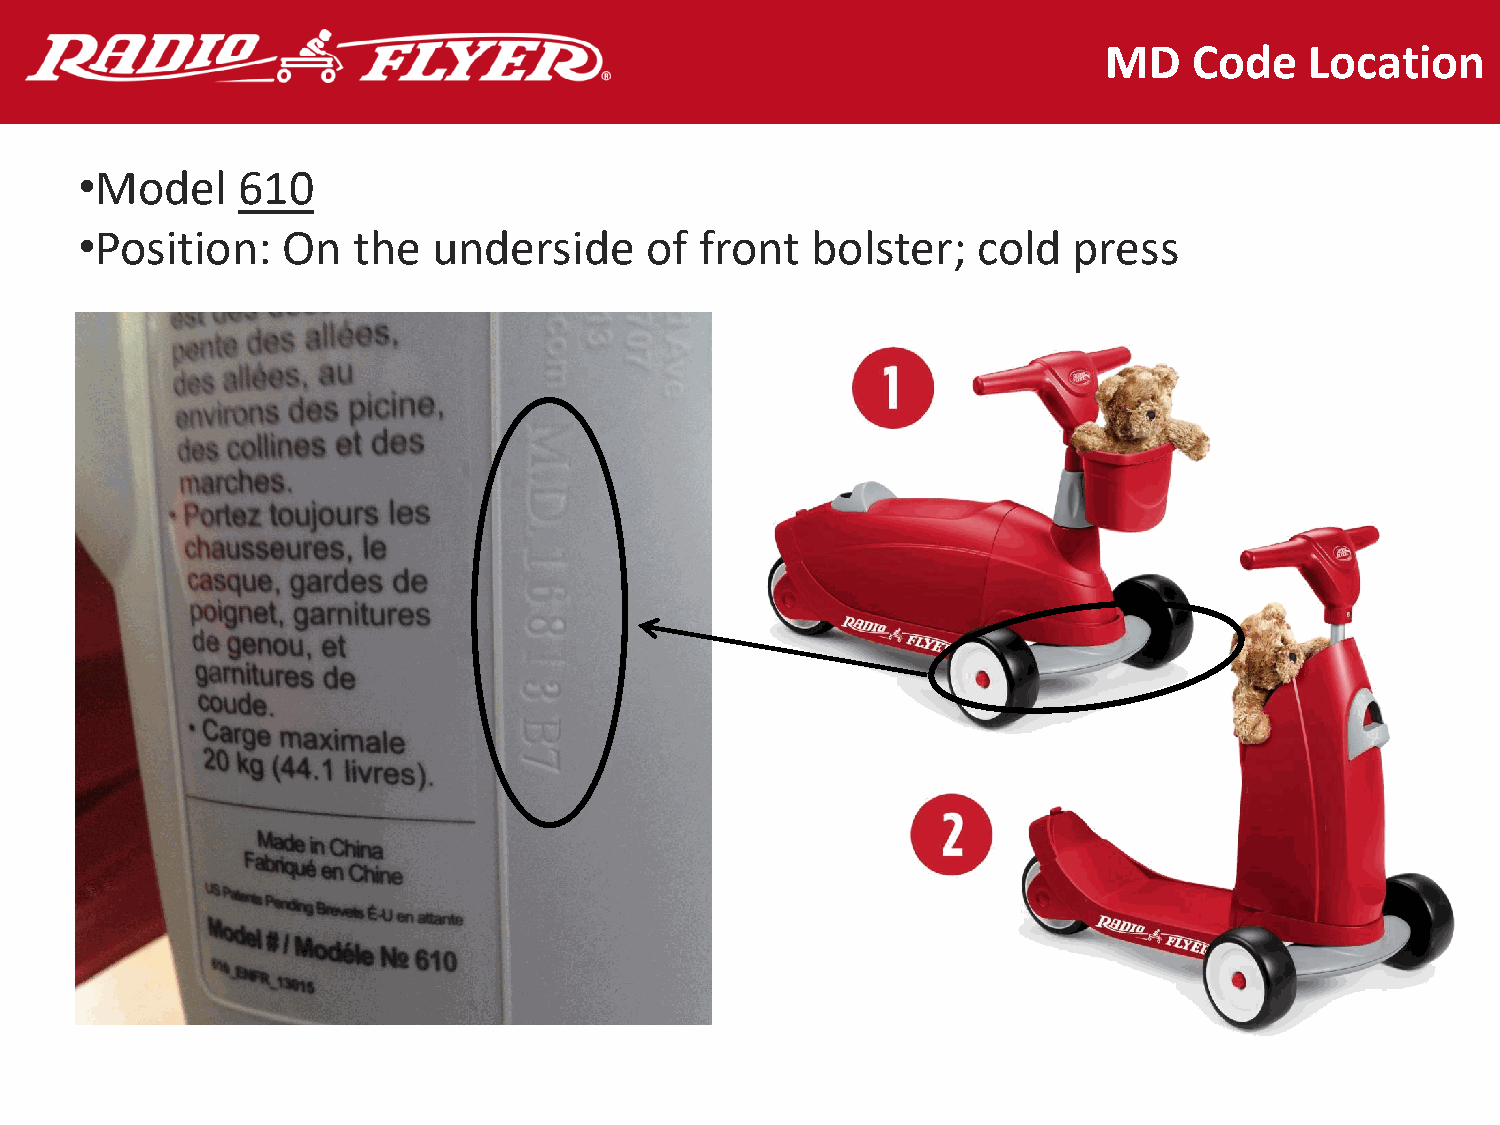
MD    Code    Location
 •Model     610
 •Position:    On  the   underside     of front   bolster;   cold  press